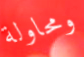
ومحاولة